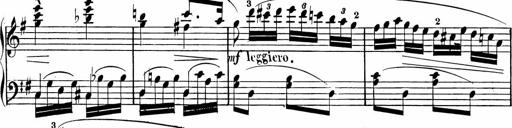
Title: Rosen ohne Dornen
Composer: Gustav Lange